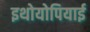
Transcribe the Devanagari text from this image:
इथोयोपियाई